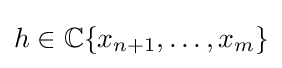
h\in \mathbb {C} \{x_{n+1},\ldots ,x_{m}\}